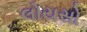
લોયસો